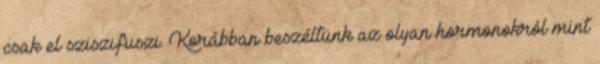
csak el sziszifuszi. Korábban beszéltünk az olyan hormonokról mint